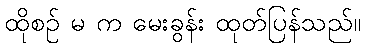
ထိုစဉ် မ က မေးခွန်း ထုတ်ပြန်သည်။